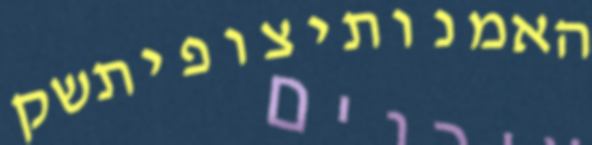
האמנותיצופיתשק